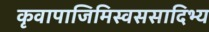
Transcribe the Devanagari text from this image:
कृवापाजिमिस्वससादिभ्य